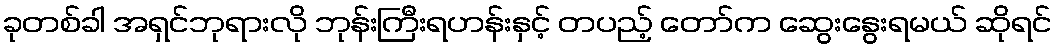
ခုတစ်ခါ အရှင်ဘုရားလို ဘုန်းကြီးရဟန်းနှင့် တပည့် တော်က ဆွေးနွေးရမယ် ဆိုရင်